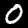
Label: 0